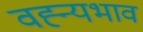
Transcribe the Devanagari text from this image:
वह्न्यभाव